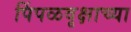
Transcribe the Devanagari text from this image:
पिंपळवृक्षाच्या